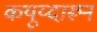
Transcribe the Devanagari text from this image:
कयूय्दारून